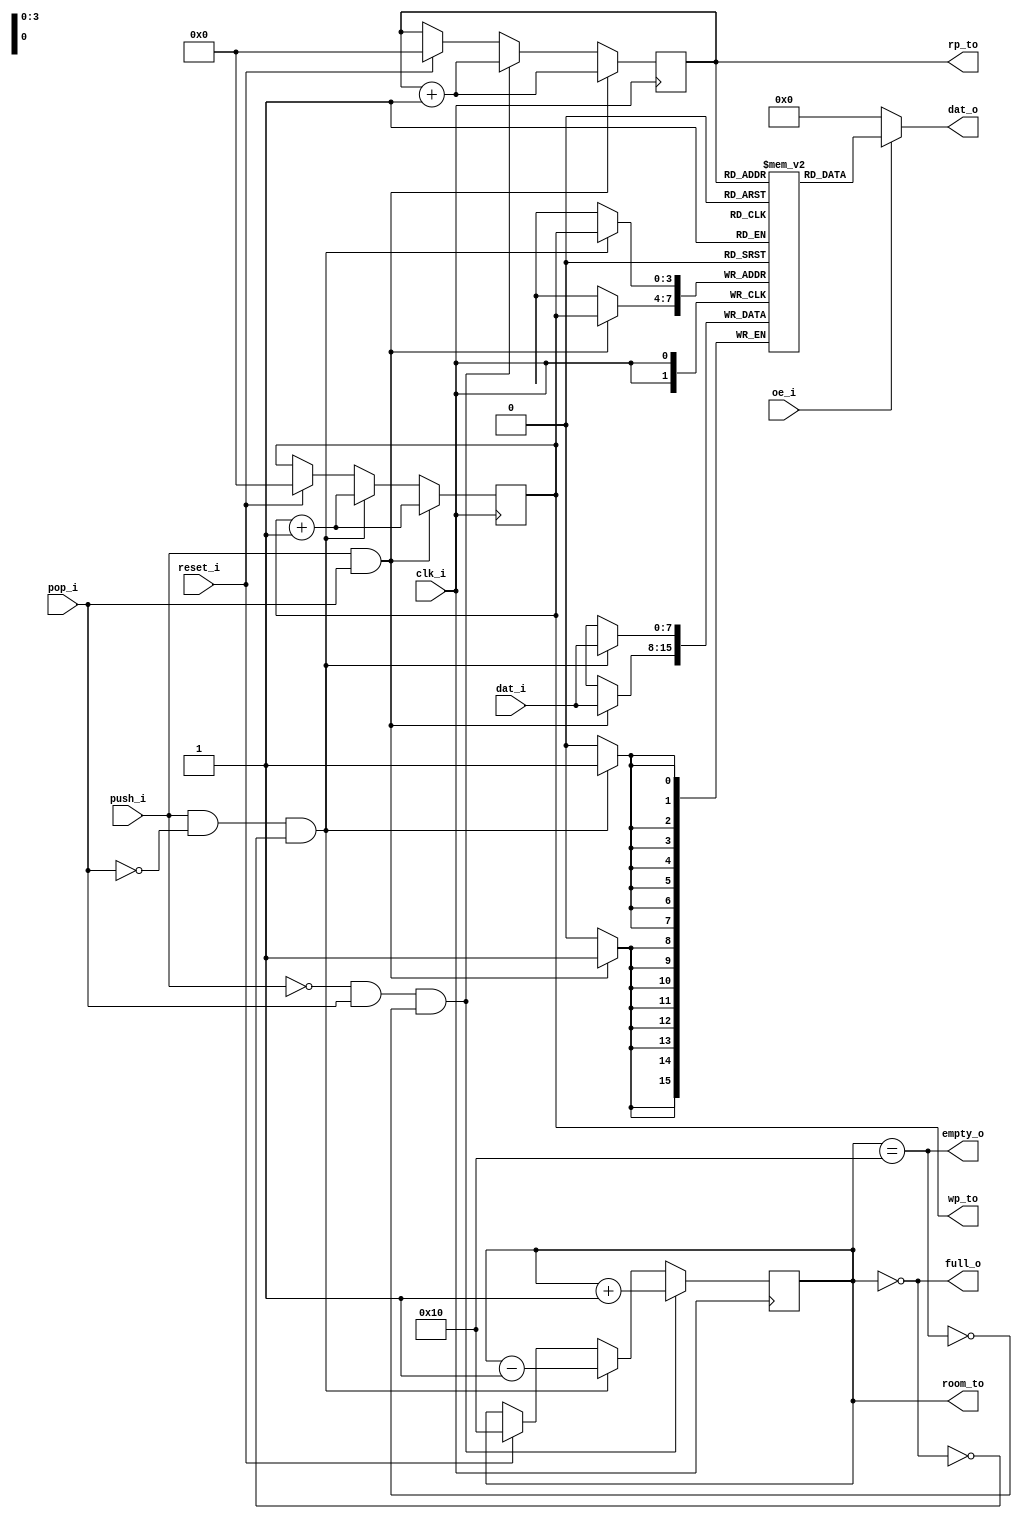
module queue_1(
	input			clk_i,
	input			reset_i,
	input	[DHB:0]		dat_i,
	input			push_i,
	input			pop_i,
	input			oe_i,
	output	[DHB:0]		dat_o,
	output			full_o,
	output			empty_o,
	output	[PHB:0]		rp_to,
	output	[PHB:0]		wp_to,
	output	[PHB+1:0]	room_to
);
	parameter DEPTH_BITS	= 4;
	parameter DATA_BITS	= 8;
	parameter DHB		= DATA_BITS - 1;
	parameter PHB		= DEPTH_BITS - 1;
	parameter CAPACITY	= 1 << DEPTH_BITS;
	reg	[PHB:0]		rp, wp;
	reg	[PHB+1:0]	room;
	reg	[DHB:0]		storage[0:CAPACITY-1];
	assign dat_o = (oe_i ? storage[rp] : 0);
	assign full_o = (room == 0);
	assign empty_o = (room == CAPACITY);
	assign rp_to = rp;
	assign wp_to = wp;
	assign room_to = room;
	always @(posedge clk_i) begin
		rp <= rp;
		wp <= wp;
		room <= room;
		if(reset_i) begin
			rp <= 0;
			wp <= 0;
			room <= CAPACITY;
		end
		if(push_i & ~pop_i & ~full_o) begin
			storage[wp] <= dat_i;
			wp <= wp + 1;
			room <= room - 1;
		end
		if(~push_i & pop_i & ~empty_o) begin
			rp <= rp + 1;
			room <= room + 1;
		end
		if(push_i & pop_i) begin
			storage[wp] <= dat_i;
			wp <= wp + 1;
			rp <= rp + 1;
		end
	end
endmodule